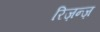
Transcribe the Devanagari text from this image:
रिज़न्ज़